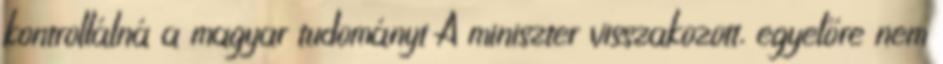
kontrollálná a magyar tudományt A miniszter visszakozott, egyelőre nem